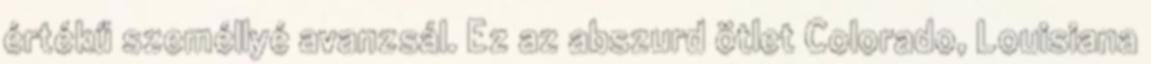
értékű személlyé avanzsál. Ez az abszurd ötlet Colorado, Louisiana